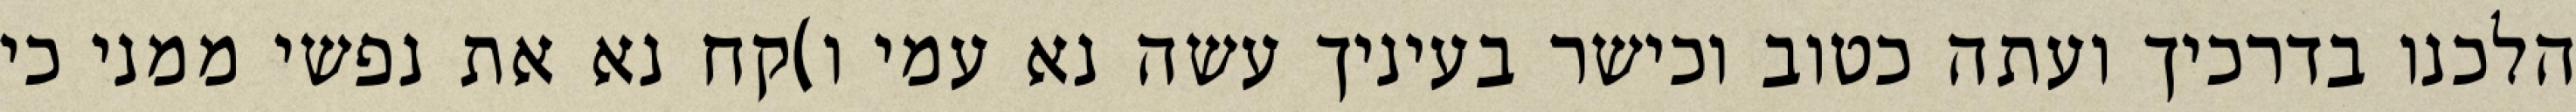
הלכנו בדרכיך ועתה כטוב וכישר בעיניך עשה נא עמי ו)קח נא את נפשי ממני כי